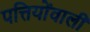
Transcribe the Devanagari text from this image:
पत्तियोंवाली